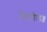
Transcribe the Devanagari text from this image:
भेटतील॥